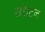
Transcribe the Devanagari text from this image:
संधटन